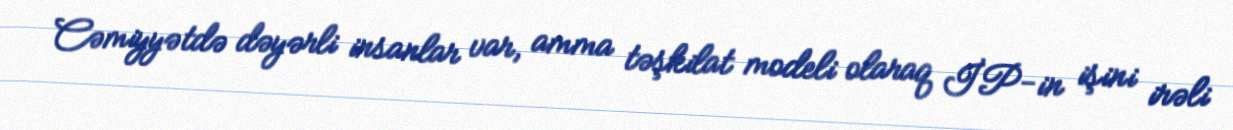
Cəmiyyətdə dəyərli insanlar var, amma təşkilat modeli olaraq İP-in işini irəli